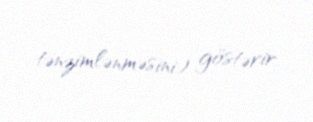
tənzimlənməsini) göstərir.